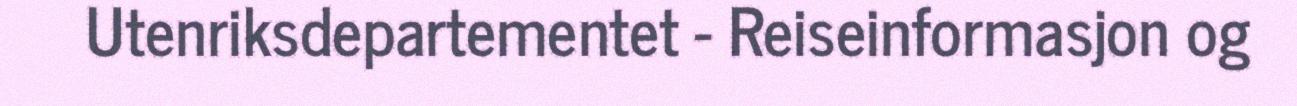
Utenriksdepartementet - Reiseinformasjon og